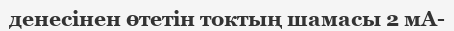
денесінен өтетін токтың шамасы 2 мА-